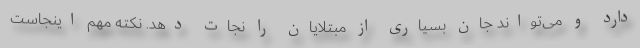
دارد و می‌تواند جان بسیاری از مبتلایان را نجات دهد. نکته مهم اینجاست